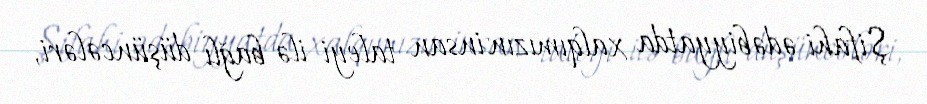
Şifahi ədəbiyyatda xalqımızın insan taleyi ilə bağlı düşüncələri,